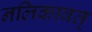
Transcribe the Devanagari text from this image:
नलिकावत्‌